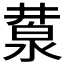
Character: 𣸕